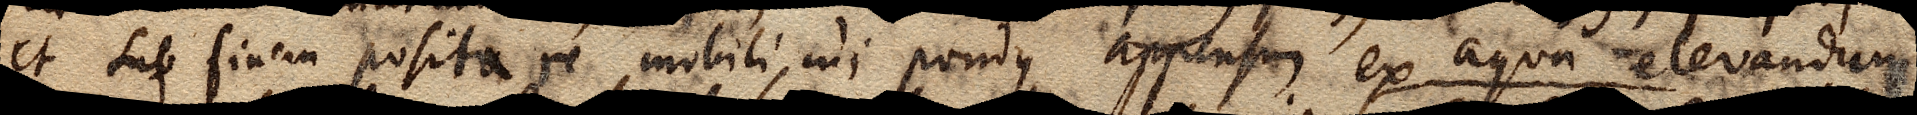
et sub finem posita re mobili, cui pondus appensum ex aqua elevandum